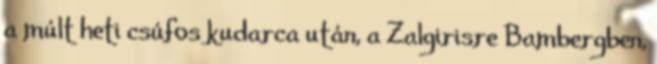
a múlt heti csúfos kudarca után, a Zalgirisre Bambergben,